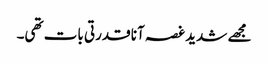
مجھے شدید غصہ آنا قدرتی بات تھی۔